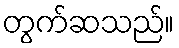
တွက်ဆသည်။